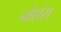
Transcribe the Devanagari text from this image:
नोशंस